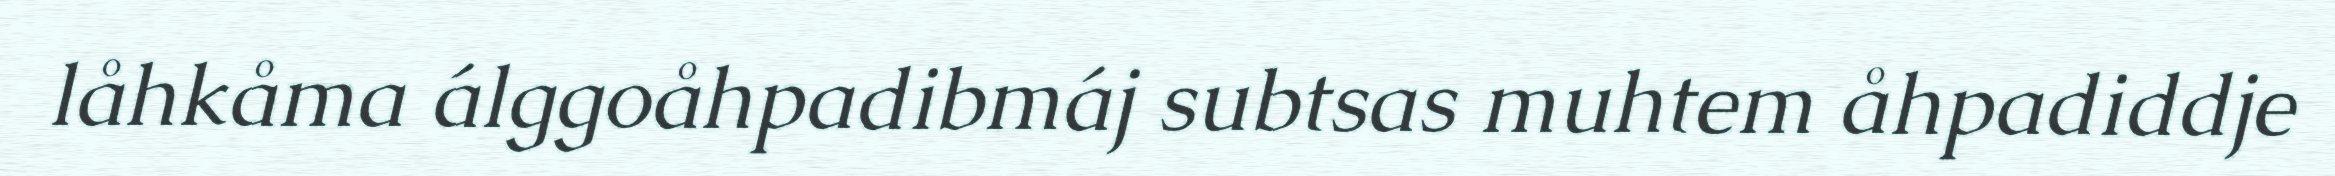
låhkåma álggoåhpadibmáj subtsas muhtem åhpadiddje